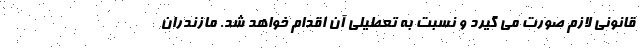
قانونی لازم صورت می گیرد و نسبت به تعطیلی آن اقدام خواهد شد. مازندران